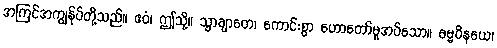
အကြင်အကျွန်ုပ်တို့သည်။ ဧဝံ၊ ဤသို့။ သွာချာတေ၊ ကောင်းစွာ ဟောတော်မူအပ်သော။ ဓမ္မဝိနယေ၊